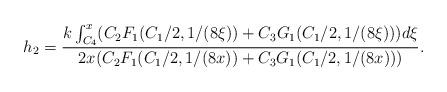
LaTeX: \begin{align*}h_2 =\frac{k\int^{x}_{C_4}( C_2 F_{1}(C_1/2,1/(8\xi)) + C_3 G_{1}(C_1/2,1/(8\xi)) )d\xi}{2x( C_2 F_{1}(C_1/2,1/(8x)) + C_3 G_{1}(C_1/2,1/(8x)) )} . \end{align*}